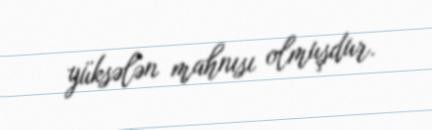
yüksələn mahnısı olmuşdur.